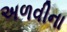
અળવીના